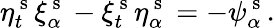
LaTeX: \eta_{t}^{\mathrm{~s~}}\xi_{\alpha}^{\mathrm{~s~}}-\xi_{t}^{\mathrm{~s~}}\eta_{\alpha}^{\mathrm{~s~}}=-\psi_{\alpha}^{\mathrm{~s~}}.